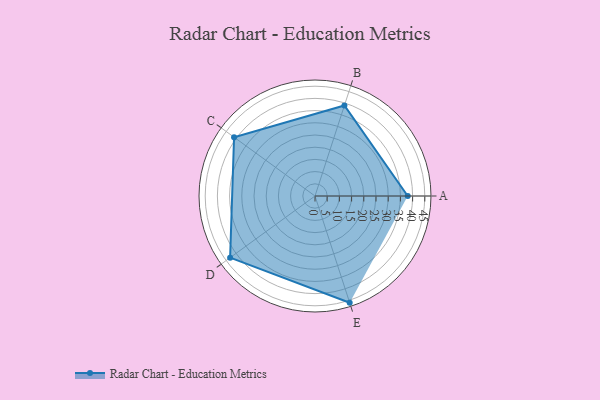
{"axis": {"x": "Skill", "y": "Score"}, "legend": ["Profile"], "data": [{"x": "A", "y": 38.0, "type": "Profile"}, {"x": "B", "y": 39.0, "type": "Profile"}, {"x": "C", "y": 41.0, "type": "Profile"}, {"x": "D", "y": 43.0, "type": "Profile"}, {"x": "E", "y": 46.0, "type": "Profile"}]}